Vaccination North-Western Provinces and Oudh 1878-1895 - 1878-1895
Year: 1878
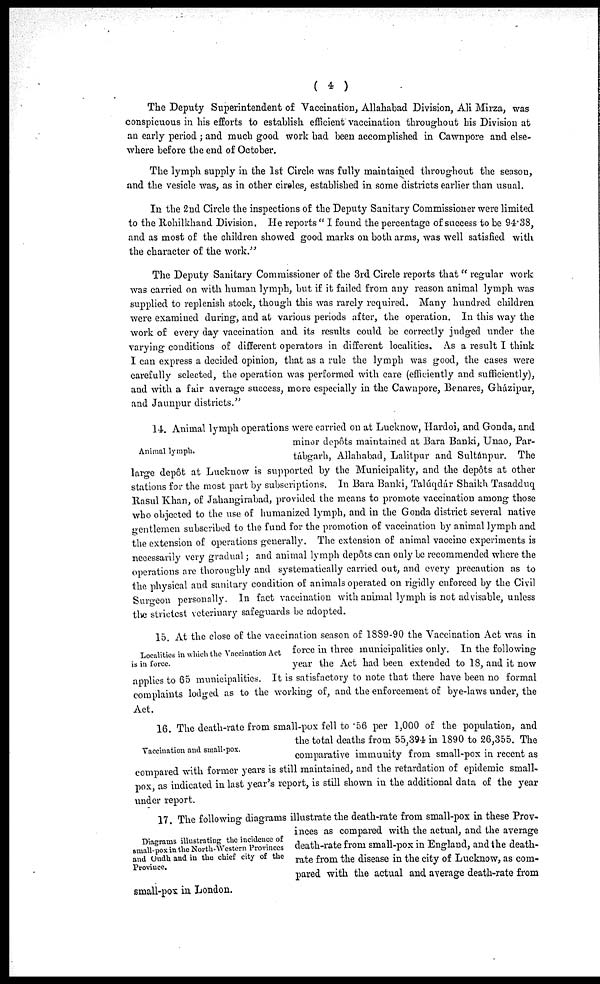
( 4 )
The Deputy Superintendent of Vaccination, Allahabad Division, Ali Mirza, was
conspicuous in his efforts to establish efficient vaccination throughout his Division at
an early period ; and much good work had been accomplished in Cawnpore and else-
where before the end of October.
The lymph supply in the 1st Circle was fully maintained throughout the season,
and the vesicle was, as in other ciroles, established in some districts earlier than usual.
In the 2nd Circle the inspections of the Deputy Sanitary Commissioner were limited
to the Rohilkhand Division. He reports " I found the percentage of success to be 94.38,
and as most of the children showed good marks on both arms, was well satisfied with
the character of the work."
The Deputy Sanitary Commissioner of the 3rd Circle reports that " regular work
was carried on with human lymph, but if it failed from any reason animal lymph was
supplied to replenish stock, though this was rarely required. Many hundred children
were examined during, and at various periods after, the operation. In this way the
work of every day vaccination and its results could be correctly judged under the
varying conditions of different operators in different localities. As a result I think
I can express a decided opinion, that as a rule the lymph was good, the cases were
carefully selected, the operation was performed with care (efficiently and sufficiently),
and with a fair average success, more especially in the Cawnpore, Benares, Gházipur,
and Jaunpur districts."
Animal lymph.
14. Animal lymph operations were carried on at Lucknow, Hardoi, and Gonda, and
minor depôts maintained at Bara Banki, Unao, Par-
tabgarh, Allahabad, Lalitpur and Sultánpur. The
large depôt at Lucknow is supported by the Municipality, and the depôts at other
stations for the most part by subscriptions. In Bara Banki, Taluqdar Shaikh Tasadduq
Rasul Khan, of Jahangirabad, provided the means to promote vaccination among those
who objected to the use of humanized lymph, and in the Gonda district several native
gentlemen subscribed to the fund for the promotion of vaccination by animal lymph and
the extension of operations generally. The extension of animal vaccine experiments is
necessarily very gradual; and animal lymph depôts can only be recommended where the
operations are thoroughly and systematically carried out, and every precaution as to
the physical and sanitary condition of animals operated on rigidly enforced by the Civil
Surgeon personally. In fact vaccination with animal lymph is not advisable, unless
the strictest veterinary safeguards be adopted.
Localities in which the Vaccination Act
is in force.
15. At the close of the vaccination season of 1889-90 the Vaccination Act was in
force in three municipalities only. In the following
year the Act had been extended to 18, and it now
applies to 65 municipalities. It is satisfactory to note that there have been no formal
complaints lodged as to the working of, and the enforcement of bye-laws under, the
Act.
Vaccination and small-pox.
16. The death-rate from small-pox fell to 56 per 1,000 of the population, and
the total deaths from 55,394 in 1890 to 26,355. The
comparative immunity from small-pox in recent as
compared with former years is still maintained, and the retardation of epidemic small
pox, as indicated in last year's report, is still shown in the additional data of the year
under report.
Diagrams illustrating the incidence of
small-pox in the North-Western Provinces
and Oudh and in the chief city of the
Province.
17. The following diagrams illustrate the death-rate from small-pox in these Prov-
inces as compared with the actual, and the average
death-rate from small-pox in England, and the death-
rate from the disease in the city of Lucknow, as com-
pared with the actual and average death-rate from
small-pox in London.